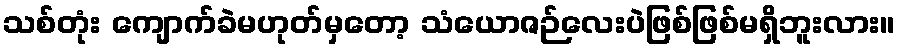
သစ်တုံး ကျောက်ခဲမဟုတ်မှတော့ သံယောဇဉ်လေးပဲဖြစ်ဖြစ်မရှိဘူးလား။